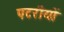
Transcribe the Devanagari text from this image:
पटरीयों